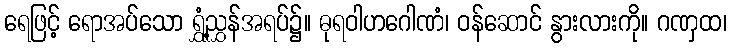
ရေဖြင့် ရောအပ်သော ရွှံ့ညွှန်အရပ်၌။ ဓုရဝါဟဂေါဏံ၊ ဝန်ဆောင် နွားလားကို။ ဂဏှထ၊